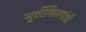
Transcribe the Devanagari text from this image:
मूर्तीशिल्पांशी